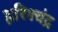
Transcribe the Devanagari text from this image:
हरिश्‍चंद्र